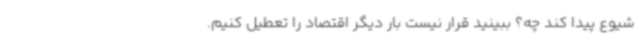
شیوع پیدا کند چه؟ ببینید قرار نیست بار دیگر اقتصاد را تعطیل کنیم.